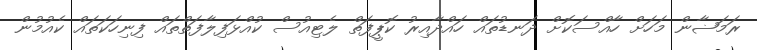
ރަމަޟާން މަހަށް ހާއްސަކޮށް ދަނޑުތައް ހައްދާއިރު ކޮޕީފަތް ލެޓިއުސް ކުއްޅަފިލާފަތްތައް ފިނިހަކަތައް ކެއުމުން